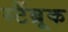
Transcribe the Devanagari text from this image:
स्टैंब्रूक